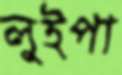
লুইপা